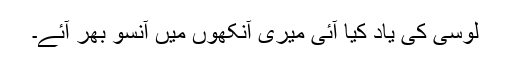
لوسی کی یاد کیا آئی میری آنکھوں میں آنسو بھر آئے۔